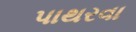
પાથરવા